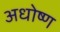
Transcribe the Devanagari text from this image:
अधोष्ण